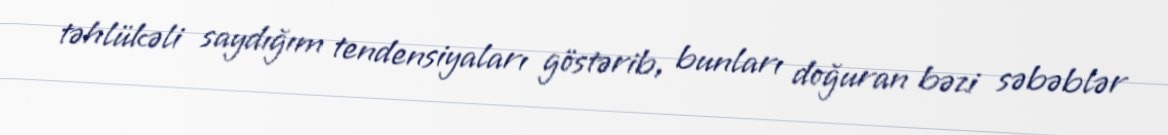
təhlükəli saydığım tendensiyaları göstərib, bunları doğuran bəzi səbəblər